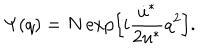
\Psi ( q ) = N \exp \Bigl [ i \frac { \dot { u } ^ { * } } { 2 u ^ { * } } q ^ { 2 } \Bigr ] .